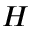
H